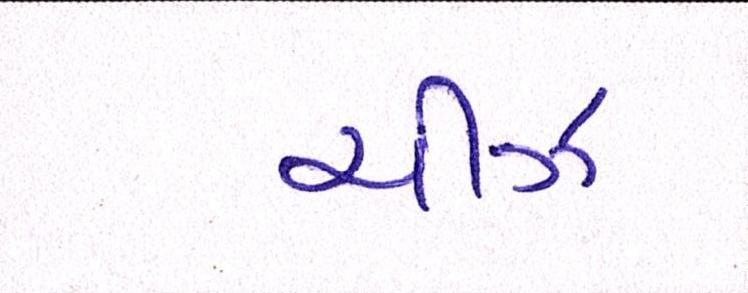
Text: ચીઝ